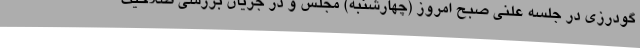
گودرزی در جلسه علنی صبح امروز (چهارشنبه) مجلس و در جریان بررسی صلاحیت